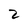
Character: 2